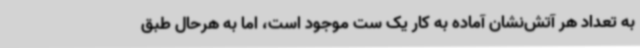
به تعداد هر آتش‌نشان آماده به کار یک ست موجود است، اما به هرحال طبق